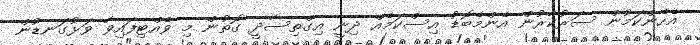
އެހެންކަމުން ސަރުކާރުން އެންމެބޮޑު އިސްކަމެއް ދިނީ އިގްތިސާދީ ގޮތުން މި ވެއްޓިފައިވާ ވަޅުގަނޑުން